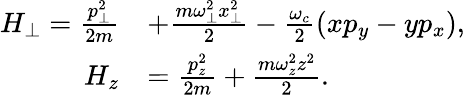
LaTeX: \begin{array}{rl}{H_{\perp}=\frac{p_{\perp}^{2}}{2m}}&{+\frac{m\omega_{\perp}^{2}x_{\perp}^{2}}{2}-\frac{\omega_{c}}{2}(xp_{y}-yp_{x}),}\\ {H_{z}}&{=\frac{p_{z}^{2}}{2m}+\frac{m\omega_{z}^{2}z^{2}}{2}.}\end{array}